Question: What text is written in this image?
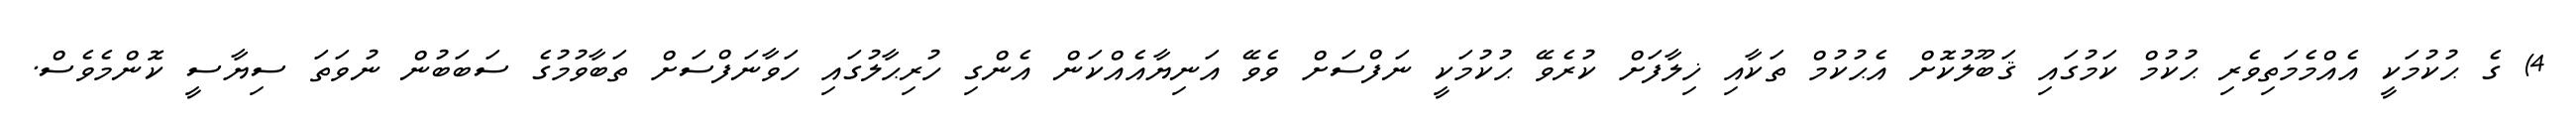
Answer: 4) ގެ ޙުކުމަކީ އެއްމެމަތިވެރި ޙުކުމް ކަމުގައި ޤަބޫލުކޮށް އެޙުކުމް ތަކާއި ޚިލާފަށް ކުރެވޭ ޙުކުމަކީ ނަފްސަށް ވެވޭ އަނިޔާއެއްކަން އެންގި ހުރިޙާލުގައި ހަވާނަފްސަށް ތަބާވުމުގެ ސަބަބުން ނުވަތަ ސިޔާސީ ކޮންމެވެސް.